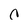
Character: c